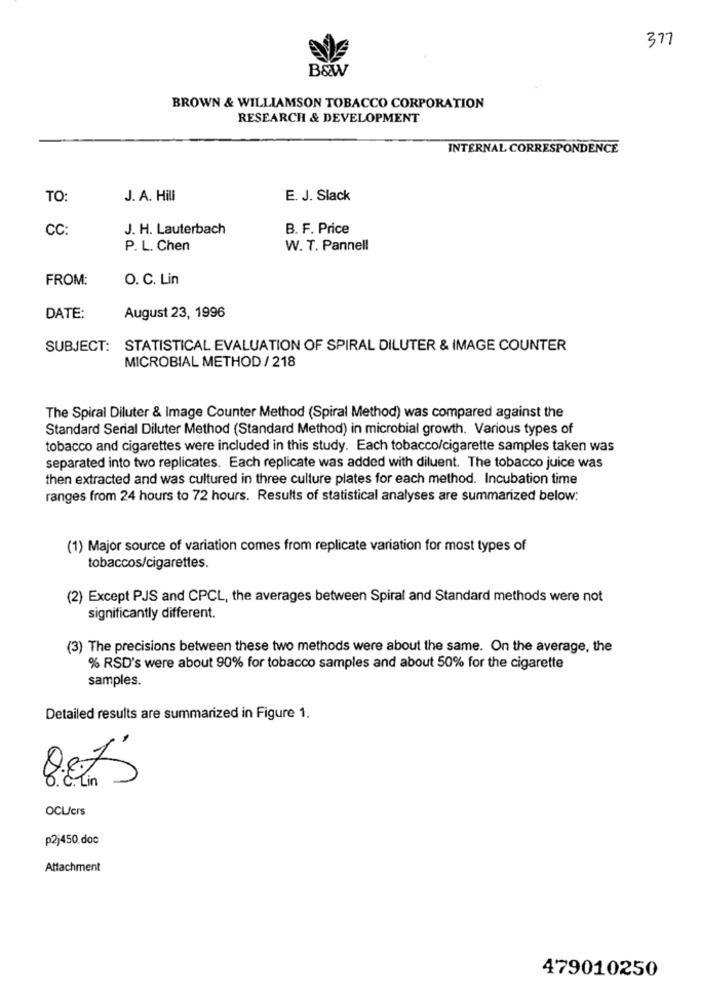
377
B&W
BROWN & WILLIAMSON TOBACCO CORPORATION
RESEARCH & DEVELOPMENT
INTERNAL CORRESPONDENCE
TO
J. A. Hill
E. J. Slack
CC
J. H. Lauterbach
B. F. Price
P. L. Chen
W. T. Pannel!
FROM:
O. C. Lin
DATE:
August 23, 1996
SUBJECT: STATISTICAL EVALUATION OF SPIRAL DILUTER & IMAGE COUNTER
MICROBIAL METHOD / 218
The Spiral Diluter & Image Counter Method (Spiral Method) was compared against the
Standard Serial Diluter Method (Standard Method) in microbial growth. Various types of
tobacco and cigarettes were included in this study. Each tobacco/cigarette samples taken was
separated into two replicates. Each replicate was added with diluent. The tobacco juice was
then extracted and was cultured in three culture plates for each method. Incubation time
ranges from 24 hours to 72 hours. Results of statistical analyses are summarized below:
(1) Major source of variation comes from replicate variation for most types of
tobaccos/cigarettes.
(2) Except PJS and CPCL, the averages between Spiral and Standard methods were not
significantly different.
(3) The precisions between these two methods were about the same. On the average, the
% RSD's were about 90% for tobacco samples and about 50% for the cigarette
samples.
Detailed results are summarized in Figure 1.
8.6.Lin
OCU/crs
p2j450.doc
Attachment
479010250